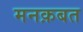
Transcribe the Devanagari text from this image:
मनक़बत